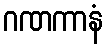
ဂဏကာနံ